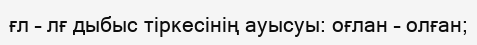
ғл – лғ дыбыс тіркесінің ауысуы: оғлан – олған;